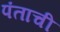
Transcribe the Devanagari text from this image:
पंताची